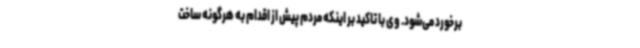
برخورد می‌شود. وی با تاکید بر اینکه مردم پیش از اقدام به هرگونه ساخت